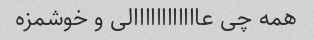
همه چی عاااااااااااالی و خوشمزه